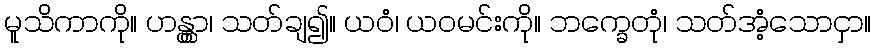
မူသိကာကို။ ဟန္တွာ၊ သတ်ချ၍။ ယဝံ၊ ယဝမင်းကို။ ဘက္ခေတုံ၊ သတ်အံ့သောငှာ။